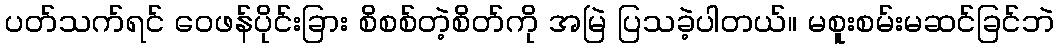
ပတ်သက်ရင် ဝေဖန်ပိုင်းခြား စိစစ်တဲ့စိတ်ကို အမြဲ ပြသခဲ့ပါတယ်။ မစူးစမ်းမဆင်ခြင်ဘဲ